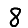
Digit: 8